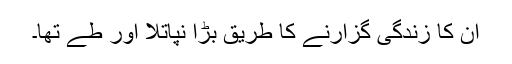
ان کا زندگی گزارنے کا طریق بڑا نپاتلا اور طے تھا۔